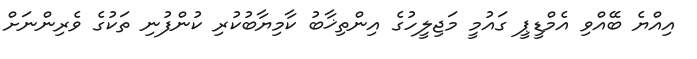
އިއްޔެ ބޭއްވި އެމްޑީޕީ ގައުމީ މަޖިލީހުގެ އިންތިޚާބު ކާމިޔާބުކުރި ކުންފުނި ތަކުގެ ވެރިންނަށް